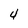
Character: 4